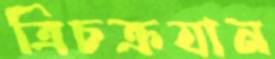
ত্রিচক্রযান